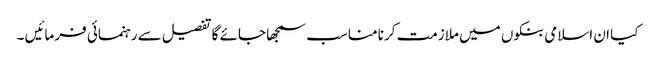
کیا ان اسلامی بنکوں میں ملازمت کرنا مناسب سمجھا جائے گا تفصیل سے رہنمائی فرمائیں ۔